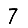
Digit: 7